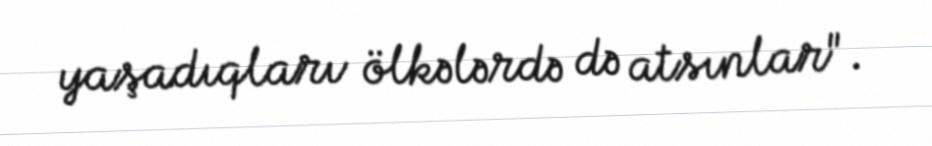
yaşadıqları ölkələrdə də atsınlar".